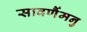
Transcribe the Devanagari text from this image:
सावर्णैमनु